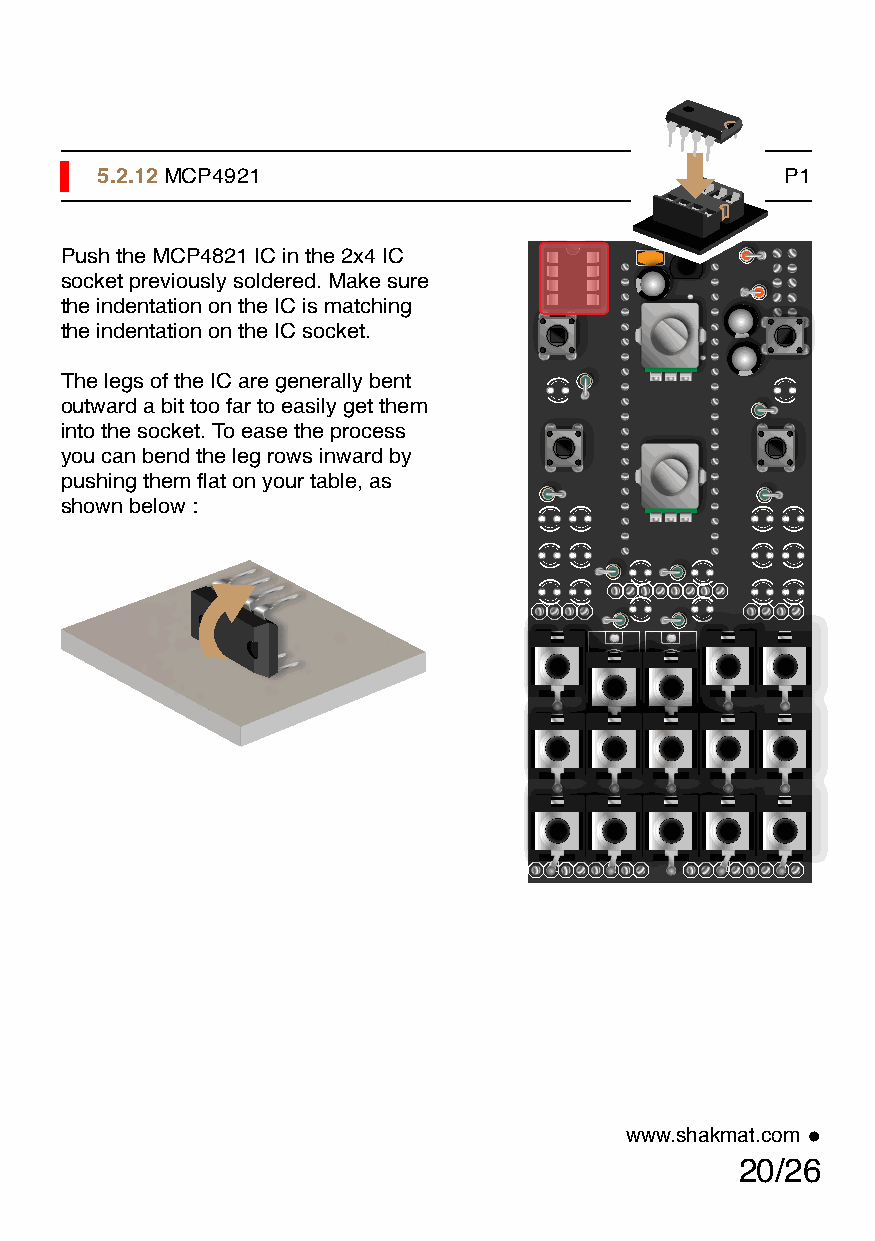
5.2.12 MCP4921                                P1
 Push the MCP4821 IC in the 2x4 IC
 socket previously soldered. Make sure
 the indentation on the IC is matching
 the indentation on the IC socket.
 The legs of the IC are generally bent
 outward a bit too far to easily get them
 into the socket. To ease the process
 you can bend the leg rows inward by
 pushing them flat on your table, as
 shown below :
 www.shakmat.com •
 20/26